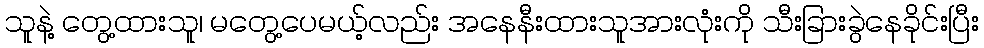
သူနဲ့ တွေ့ထားသူ၊ မတွေ့ပေမယ့်လည်း အနေနီးထားသူအားလုံးကို သီးခြားခွဲနေခိုင်းပြီး